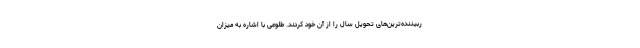
ربیننده‌ترین‌های تحویل سال را از آن خود کردند. طلوعی با اشاره به میزان